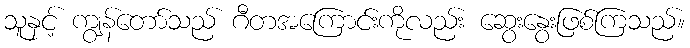
သူနှင့် ကျွန်တော်သည် ဂီတအကြောင်းကိုလည်း ဆွေးနွေးဖြစ်ကြသည်။